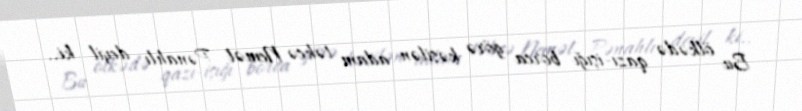
Bu ölkədə qazı-işığı borca görə kəsilən adam təkcə Nemət Pənahlı deyil ki..